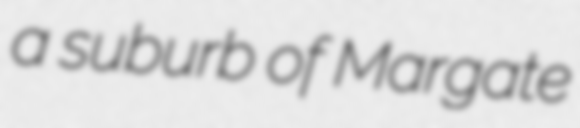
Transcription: a suburb of Margate